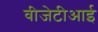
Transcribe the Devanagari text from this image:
वीजेटीआई